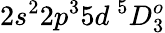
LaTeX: {2s^{2}2p^{3}5d~^{5}D_{3}^{o}}